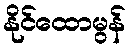
နိုင်ထောမွန်